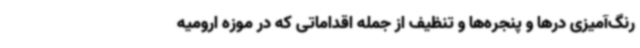
رنگ‌آمیزی درها و پنجره‌ها و تنظیف از جمله اقداماتی که در موزه ارومیه